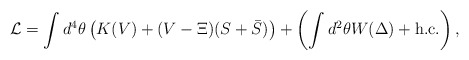
\begin{align*}{\cal L} = \int d^4\theta \left( K(V) + (V-\Xi)(S+\bar{S})\right)+ \left( \int d^2\theta W(\Delta)+ {\rm h.c.} \right), \end{align*}